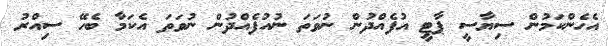
އެހެންކަމުން ސިޔާސީ ޕާޓީ އުފެއްދުން ނުވަތަ ނުއުފެއްދުން ނުވަތަ އެކަމާ ބެހޭ ސިއްރު